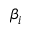
\beta _ { i }